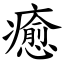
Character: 癒